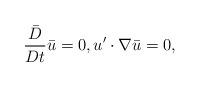
LaTeX: \begin{align*}\frac{\bar{D}}{Dt} \bar{u}=0, u' \cdot \nabla \bar{u}=0,\end{align*}